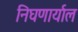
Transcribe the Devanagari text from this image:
निघणार्याल